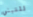
للتبني